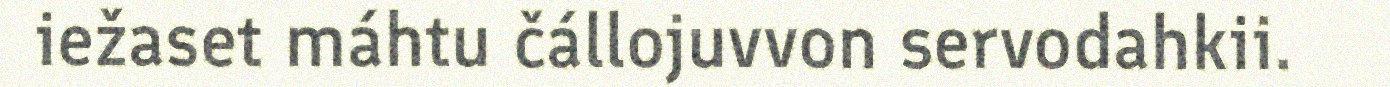
iežaset máhtu čállojuvvon servodahkii.